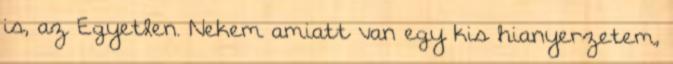
is, az Egyetlen. Nekem amiatt van egy kis hianyerzetem,